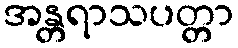
အန္တရာသပတ္တာ